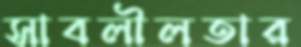
সাবলীলতার